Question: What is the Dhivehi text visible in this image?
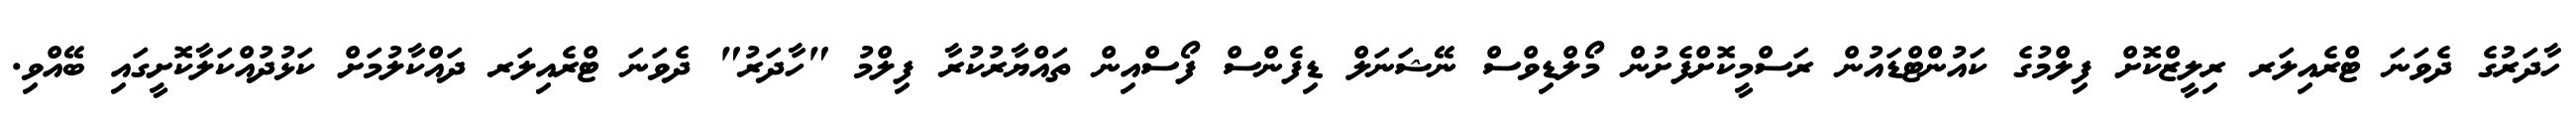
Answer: ހާދަރުގެ ދެވަނަ ޓްރެއިލަރ ރިލީޒްކޮށް ފިލްމުގެ ކައުންޓްޑައުން ރަސްމީކޮށްފެށުން މޯލްޑިވްސް ނޭޝަނަލް ޑިފެންސް ފޯސްއިން ތައްޔާރުކުރާ ފިލްމު "ހާދަރު" ދެވަނަ ޓްރެއިލަރ ދައްކާލުމަށް ކަޅުދުއްކަލާކޮށީގައި ބޭއްވި.